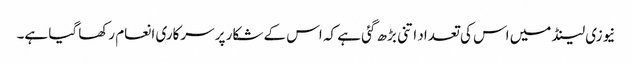
نیوزی لینڈ میں اس کی تعداد اتنی بڑھ گئی ہے کہ اس کے شکار پر سرکاری انعام رکھا گیا ہے۔